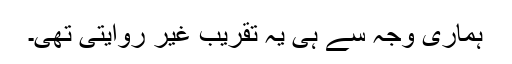
ہماری وجہ سے ہی یہ تقریب غیر روایتی تھی۔